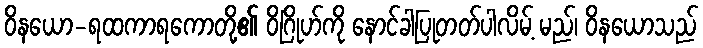
ဝိနယော-ရထကာရကောတို့၏ ဝိဂြိုဟ်ကို နောင်ခါပြုတတ်ပါလိမ့် မည်၊ ဝိနယောသည်